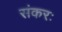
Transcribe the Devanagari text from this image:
संकरः